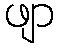
ဖျာ